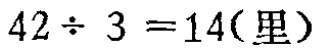
\(42\div 3 = 14(\text{里})\)